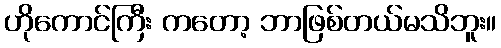
ဟိုကောင်ကြီး ကတော့ ဘာဖြစ်တယ်မသိဘူး။